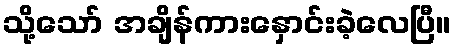
သို့သော် အချိန်ကားနှောင်းခဲ့လေပြီ။